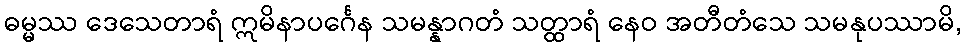
ဓမ္မဿ ဒေသေတာရံ ဣမိနာပင်္ဂေန သမန္နာဂတံ သတ္ထာရံ နေဝ အတီတံသေ သမနုပဿာမိ,